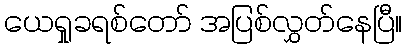
ယေရှုခရစ်တော် အပြစ်လွှတ်နေပြီ။